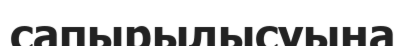
сапырылысуына